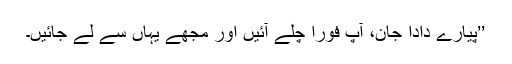
’’پیارے دادا جان، آپ فوراً چلے آئیں اور مجھے یہاں سے لے جائیں۔